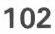
102